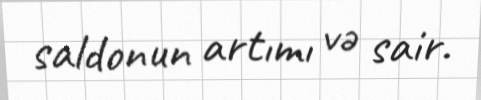
saldonun artımı və sair.